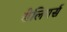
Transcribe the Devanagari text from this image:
सेलियर्स